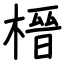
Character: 榗